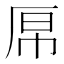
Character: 𫨉